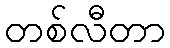
တစ်လီတာ